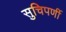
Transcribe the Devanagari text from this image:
सुचिपर्णी